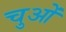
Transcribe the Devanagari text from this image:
चुओं